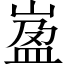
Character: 𡺦